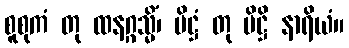
စူစုကံ တု ထနဂ္ဂသ္မိံ၊ ပိဋ္ဌံ တု ပိဋ္ဌိ နာရိယံ။